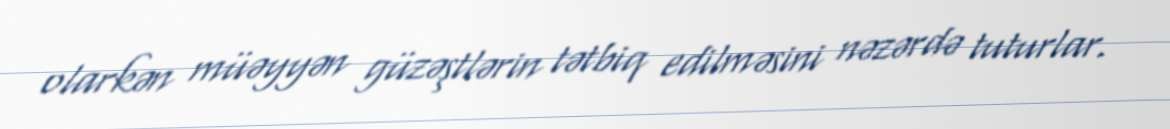
olarkən müəyyən güzəştlərin tətbiq edilməsini nəzərdə tuturlar.